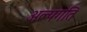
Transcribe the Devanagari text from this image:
अल्पगति